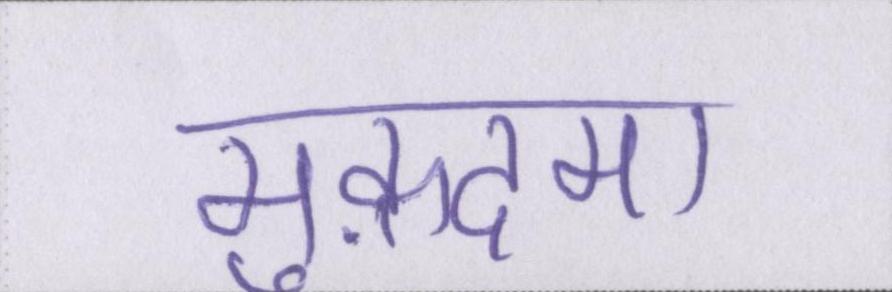
मुक़दमा